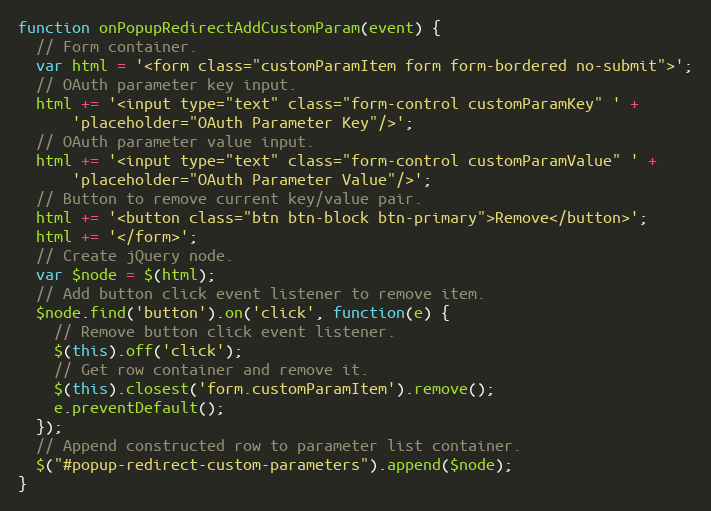
Language: JavaScript
function onPopupRedirectAddCustomParam(event) {
  // Form container.
  var html = '<form class="customParamItem form form-bordered no-submit">';
  // OAuth parameter key input.
  html += '<input type="text" class="form-control customParamKey" ' +
      'placeholder="OAuth Parameter Key"/>';
  // OAuth parameter value input.
  html += '<input type="text" class="form-control customParamValue" ' +
      'placeholder="OAuth Parameter Value"/>';
  // Button to remove current key/value pair.
  html += '<button class="btn btn-block btn-primary">Remove</button>';
  html += '</form>';
  // Create jQuery node.
  var $node = $(html);
  // Add button click event listener to remove item.
  $node.find('button').on('click', function(e) {
    // Remove button click event listener.
    $(this).off('click');
    // Get row container and remove it.
    $(this).closest('form.customParamItem').remove();
    e.preventDefault();
  });
  // Append constructed row to parameter list container.
  $("#popup-redirect-custom-parameters").append($node);
}